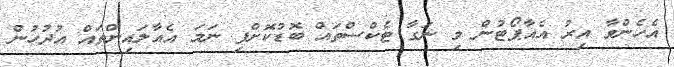
އެހެންވާ އިރު އެއާޕޯޓުން މި ނަގާ ޓެކްސްތައް ބޮޑުކޮށްފި ނަމަ އެއާލައިންތައް އުދުހުން